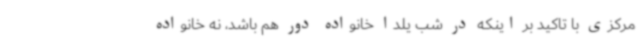
مرکزی با تاکید بر اینکه در شب یلدا خانواده دور هم باشد، نه خانواده